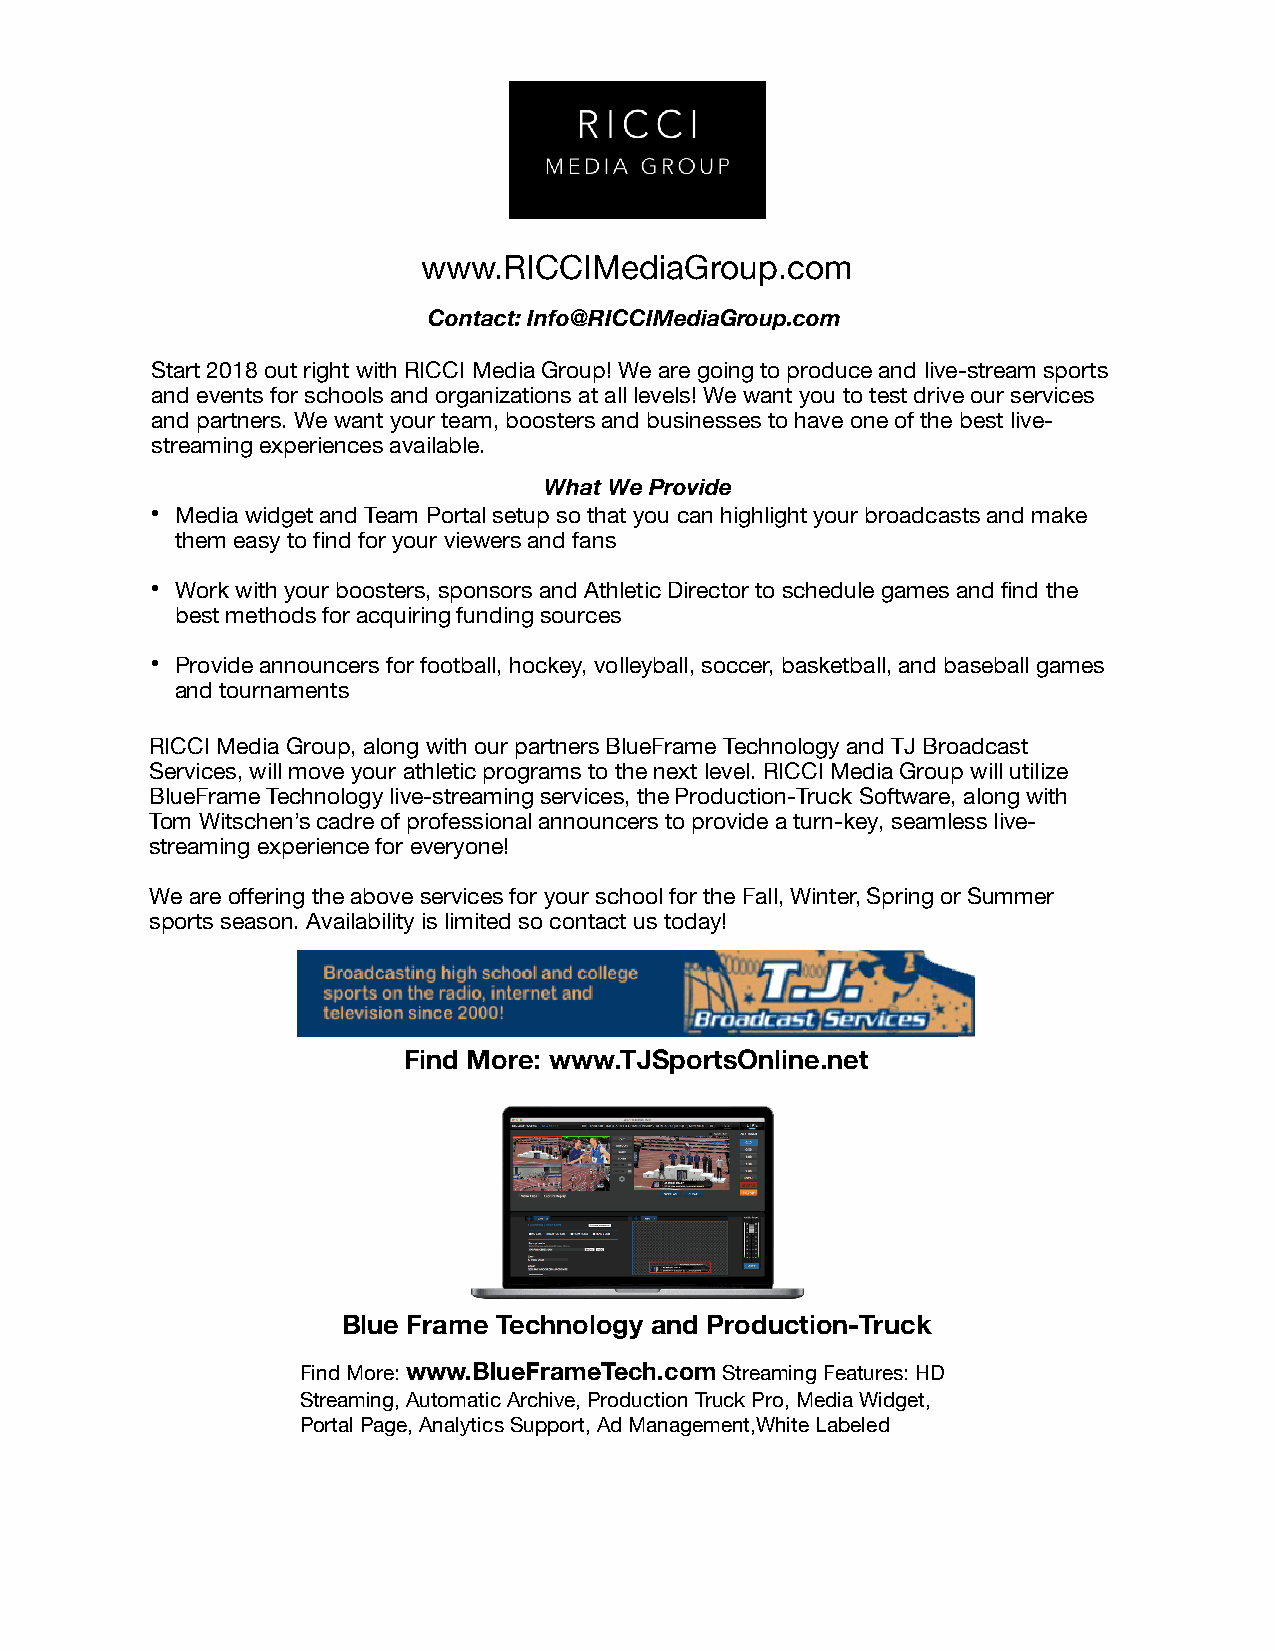
www.RICCIMediaGroup.com
 Contact: Info@RICCIMediaGroup.com
 Start 2018 out right with RICCI Media Group! We are going to produce and live-stream sports
 and events for schools and organizations at all levels! We want you to test drive our services
 and partners. We want your team, boosters and businesses to have one of the best live-
 streaming experiences available.
 What We Provide
 • Media widget and Team Portal setup so that you can highlight your broadcasts and make
 them easy to find for your viewers and fans
 • Work with your boosters, sponsors and Athletic Director to schedule games and find the
 best methods for acquiring funding sources
 • Provide announcers for football, hockey, volleyball, soccer, basketball, and baseball games
 and tournaments
 RICCI Media Group, along with our partners BlueFrame Technology and TJ Broadcast
 Services, will move your athletic programs to the next level. RICCI Media Group will utilize
 BlueFrame Technology live-streaming services, the Production-Truck Software, along with
 Tom Witschen’s cadre of professional announcers to provide a turn-key, seamless live-
 streaming experience for everyone!
 We are offering the above services for your school for the Fall, Winter, Spring or Summer
 sports season. Availability is limited so contact us today!
 Find More: www.TJSportsOnline.net
 Blue Frame Technology and Production-Truck
 Find More: www.BlueFrameTech.com Streaming Features: HD
 Streaming, Automatic Archive, Production Truck Pro, Media Widget,
 Portal Page, Analytics Support, Ad Management,White Labeled